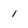
Character: 1